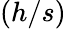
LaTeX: (h/s)